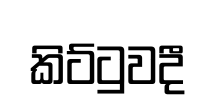
කිට්ටුවදී